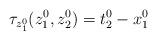
LaTeX: \begin{align*}\tau_{z_1^0}(z_1^0,z_2^0)=t^0_2-x_1^0\end{align*}